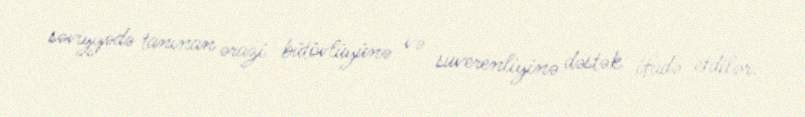
səviyyədə tanınan ərazi bütövlüyünə və suverenliyinə dəstək ifadə etdilər.